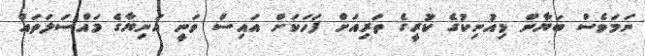
ނަމަވެސް ބަޔާން މިއުނިކުގެ ކުރީގެ ތަރިއަށް ފަހަކަށް އައިސް ވަނީ އަނިޔާގެ މައްސަލަތައް